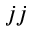
j j